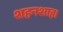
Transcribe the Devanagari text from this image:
शहनशाह।